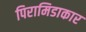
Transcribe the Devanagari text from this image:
पिरामिडाकार